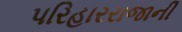
પરિહારરાજાની